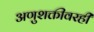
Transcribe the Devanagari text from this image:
अणुशक्तीवरही